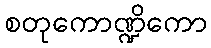
စတုကောဏ္ဍိကော